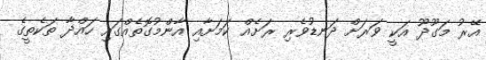
އޭރު މަގޫދޫ އަކީ ވަރަށް ދަނޑުވެރި ރަށެއް ކަމަށާއި އާންމުގޮތެއްގައި ހައްދާ ތަކެތީގެ